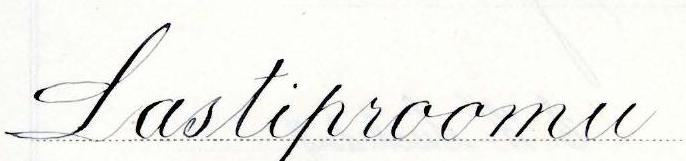
Lastiproomu